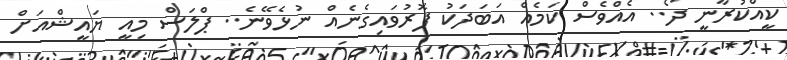
ކީއްކުރާނީ ދޯ.. އެއްވެސް ކަމެއް އަބަދަކު ފޮރުވައިގެނެއް ނުޅެވޭނެ.. ޕްލަސް މިއީ ޔައީޝްއަށް